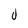
Character: 0